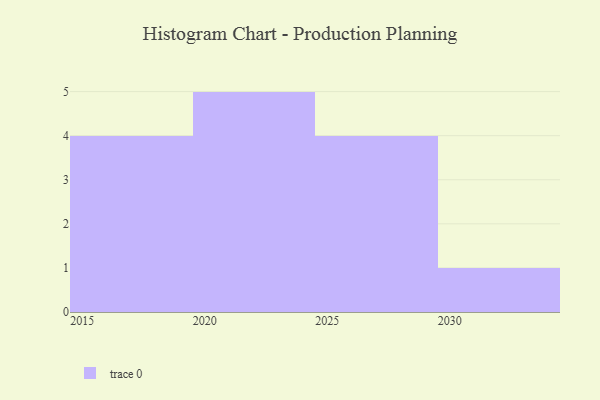
{"axis": {"x": "Year", "y": "Satisfaction Score"}, "legend": [""], "data": [{"x": "2021", "y": 1, "type": ""}, {"x": "2022", "y": 45, "type": ""}, {"x": "2017", "y": 69, "type": ""}, {"x": "2030", "y": 74, "type": ""}, {"x": "2023", "y": 63, "type": ""}, {"x": "2015", "y": 47, "type": ""}, {"x": "2019", "y": 4, "type": ""}, {"x": "2028", "y": 36, "type": ""}, {"x": "2029", "y": 88, "type": ""}, {"x": "2025", "y": 45, "type": ""}, {"x": "2018", "y": 64, "type": ""}, {"x": "2024", "y": 11, "type": ""}, {"x": "2027", "y": 38, "type": ""}, {"x": "2020", "y": 1, "type": ""}]}